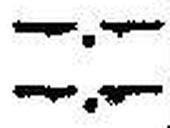
—.—